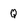
Character: Q